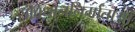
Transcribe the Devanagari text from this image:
संविधाननिर्माताओं